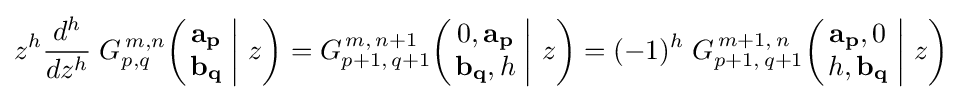
z^{h}{\frac {d^{h}}{dz^{h}}}\;G_{p,q}^{\,m,n}\!\left(\left.{\begin{matrix}\mathbf {a_{p}} \\\mathbf {b_{q}} \end{matrix}}\;\right|\,z\right)=G_{p+1,\,q+1}^{\,m,\,n+1}\!\left(\left.{\begin{matrix}0,\mathbf {a_{p}} \\\mathbf {b_{q}} ,h\end{matrix}}\;\right|\,z\right)=(-1)^{h}\;G_{p+1,\,q+1}^{\,m+1,\,n}\!\left(\left.{\begin{matrix}\mathbf {a_{p}} ,0\\h,\mathbf {b_{q}} \end{matrix}}\;\right|\,z\right)